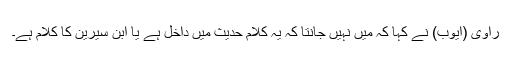
راوی (ایوب) نے کہا کہ میں نہیں جانتا کہ یہ کلام حدیث میں داخل ہے یا ابن سیرین کا کلام ہے۔